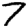
Digit: 7